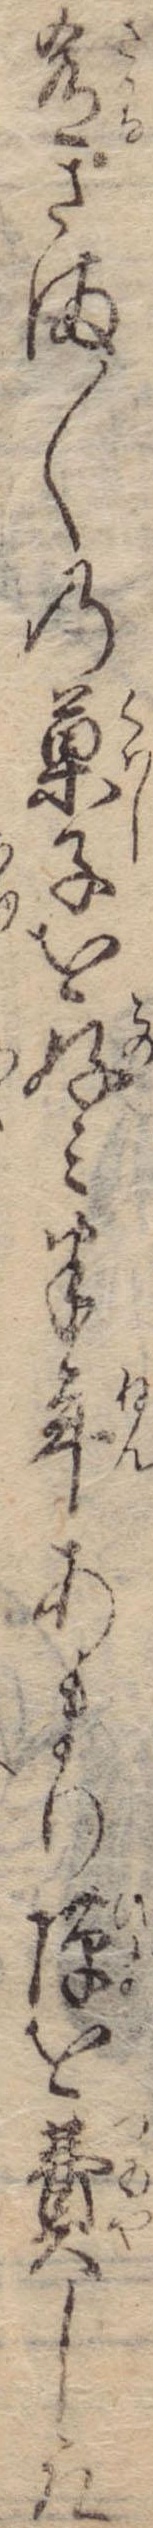
肴さま〱の菓子を好み半年あまりを費し取